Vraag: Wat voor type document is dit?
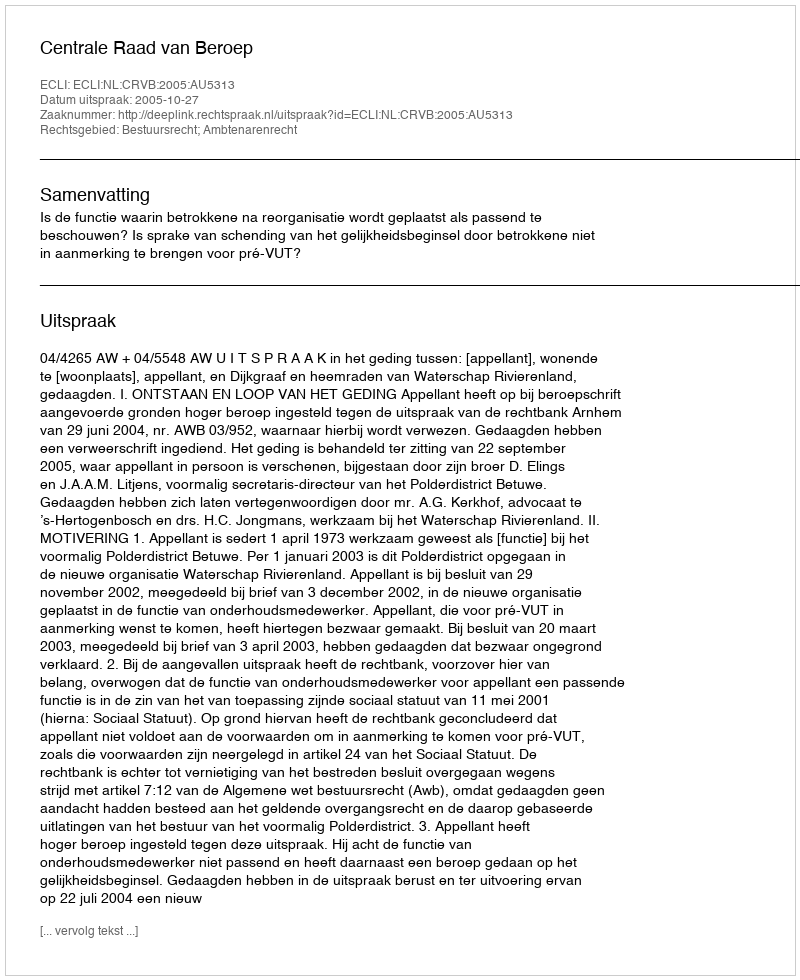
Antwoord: Uitspraak